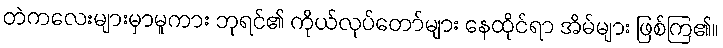
တဲကလေးများမှာမူကား ဘုရင်၏ ကိုယ်လုပ်တော်များ နေထိုင်ရာ အိမ်များ ဖြစ်ကြ၏။